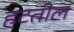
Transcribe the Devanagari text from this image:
हटतील